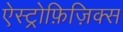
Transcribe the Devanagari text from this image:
ऐस्ट्रोफ़िज़िक्स